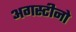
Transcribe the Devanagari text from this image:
अगस्टीनो